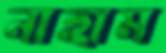
নাহাম